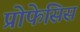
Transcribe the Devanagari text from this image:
प्रोफेसिस